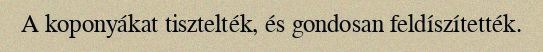
A koponyákat tisztelték, és gondosan feldíszítették.